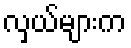
လှယ်များက